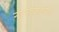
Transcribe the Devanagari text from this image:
नानावाड्यात